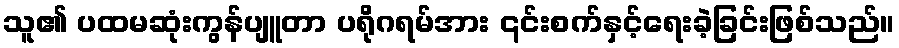
သူ၏ ပထမဆုံးကွန်ပျူတာ ပရိုဂရမ်အား ၎င်းစက်နှင့်ရေးခဲ့ခြင်းဖြစ်သည်။